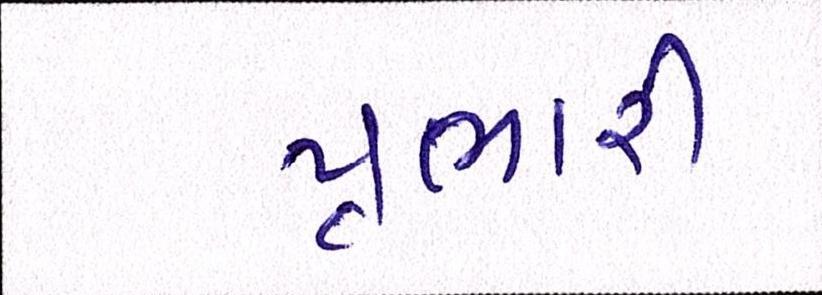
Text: પ્રભારી